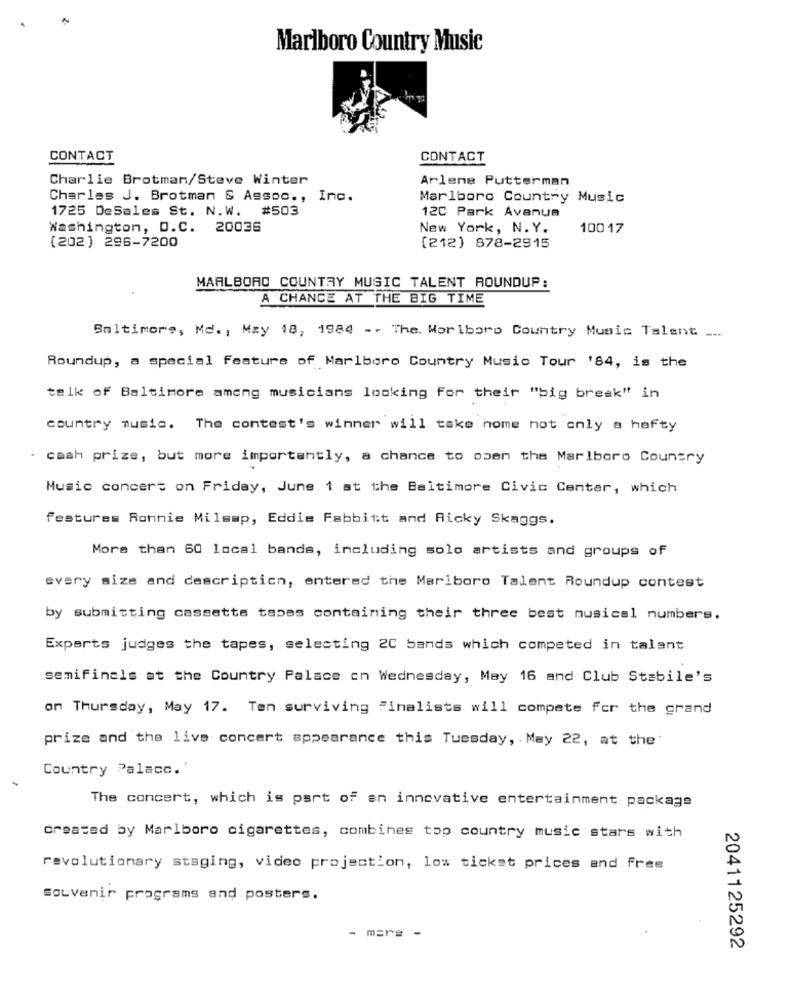
Marlboro Country Music
CONTACT
CONTACT
Charlie Brotman/Steve Winter
Arlene Putterman
Charles J. Brotman & Assoc ., Inc.
Marlboro Country Music
1725 DeSales St. N.W. #503
120 Park Avanua
Washington, D.C. 20036
New York, N.Y.
10017
(202) 296-7200
(212) 878-2915
MARLBORO COUNTRY MUSIC TALENT ROUNDUP:
A CHANCE AT THE BIG TIME
Baltimore, Md ., May 18, 1984 -- The. Marlboro Country Music Talent _..
Roundup, a special feature of Marlboro Country Music Tour '84, is the
talk of Baltimore among musicians looking for their "big break" in
country music. The contest's winner will take home not only a hefty
cash prize, but more importantly, a chance to open the Marlboro Country
Music concert on Friday, June 1 at the Baltimore Civic Center, which
features Ronnie Milsap, Eddie Fabbitt and Aicky Skaggs.
More than 60 local bands, including solo artists and groups of
every size and description, entered the Marlboro Talent Roundup contest
by submitting cassette tapes containing their three best musical numbers.
Experts judges the tapes, selecting 20 bands which competed in talant
semifinals at the Country Palace on Wednesday, May 16 and Club Stabile's
on Thursday, May 17. Ten surviving Finalists will compete for the grand
prize and the live concert appearance this Tuesday, May 22, at the'
Country Palace.'
The concert, which is part of an innovative entertainment package
created by Marlboro cigarettes, combines top country music stars with
revolutionary staging, video projection, low ticket prices and free
souvenir programs and posters.
- mars -
2041125292